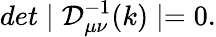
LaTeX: det\mid{\mathcal D_{\mu\nu}^{-1}(k)}\mid=0.